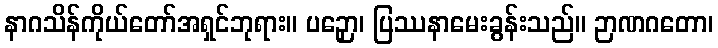
နာဂသိန်ကိုယ်တော်အရှင်ဘုရား။ ပဉှော၊ ပြဿနာမေးခွန်းသည်။ ဉာဏဂတော၊